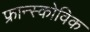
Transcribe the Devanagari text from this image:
फ्रान्स्कोविक